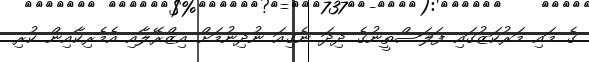
ގެ މައި މަރުކަޒުގައި ފަލަސްތީނުގެ ދިދަ ނެގިއަ ނުދިނުމަށް އިޒްރޭލާއި އެމެރިކާއިން ކުރި